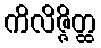
ကိလိဇ္ဇိတ္ထ